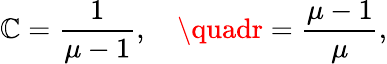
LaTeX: \mathbb{C}={\frac{{1}}{{\mu-1}}},\quad\quadr={\frac{{\mu-1}}{{\mu}}},